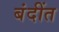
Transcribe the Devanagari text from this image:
बंदींत